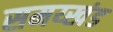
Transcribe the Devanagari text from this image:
समय्खंड